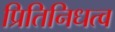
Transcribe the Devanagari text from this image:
प्रितिनिधत्व